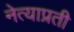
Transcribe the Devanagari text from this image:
नेत्याप्रती